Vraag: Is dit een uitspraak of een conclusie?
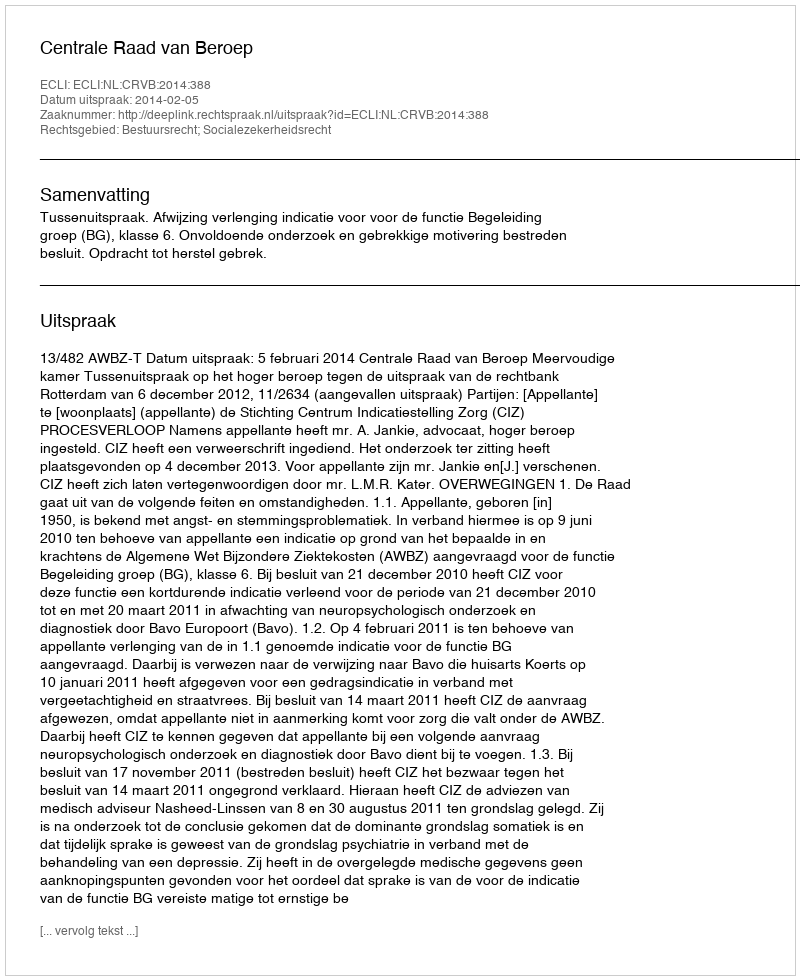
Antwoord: Uitspraak